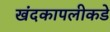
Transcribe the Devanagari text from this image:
खंदकापलीकडे